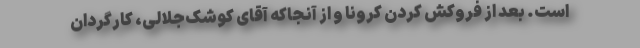
است. بعد از فروکش کردن کرونا و از آنجاکه آقای کوشک‌جلالی، کارگردان